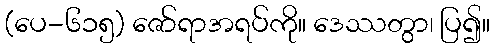
(ပေ-၆၁၅) ဇော်ရာအရပ်ကို။ ဒေဿတွာ၊ ပြ၍။